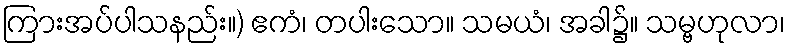
ကြားအပ်ပါသနည်း။) ဧကံ၊ တပါးသော။ သမယံ၊ အခါ၌။ သမ္ဗဟုလာ၊